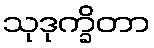
သုဒုက္ခိတာ